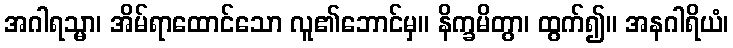
အဂါရသ္မာ၊ အိမ်ရာထောင်သော လူ၏ဘောင်မှ။ နိက္ခမိတွာ၊ ထွက်၍။ အနဂါရိယံ၊